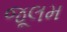
જૂલમ